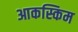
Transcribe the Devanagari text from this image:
आकस्किम